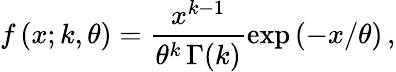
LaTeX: f\left(x;k,\theta\right)=\frac{x^{k-1}}{\theta^{k}\, \Gamma(k)}\exp\left(-x/\theta\right)\, ,